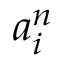
a _ { i } ^ { n }